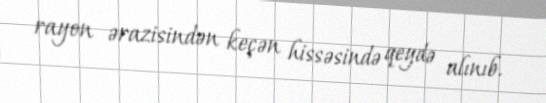
rayon ərazisindən keçən hissəsində qeydə alınıb.